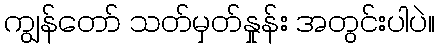
ကျွန်တော် သတ်မှတ်နှုန်း အတွင်းပါပဲ။